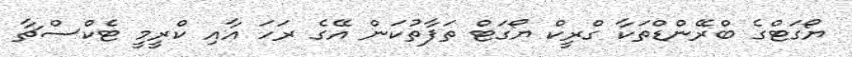
ޔޯގަޓްގެ ބްރޭންޑްތަކާ ގްރީކް ޔޯގަޓް ތަފާތުކަން އޭގެ ރަހަ އާއި ކްރީމީ ޓެކްސްޗާ